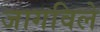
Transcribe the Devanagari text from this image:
जागविले